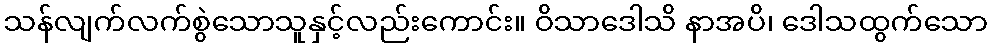
သန်လျက်လက်စွဲသောသူနှင့်လည်းကောင်း။ ဝိသာဒေါသိ နာအပိ၊ ဒေါသထွက်သော